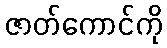
ဇာတ်ကောင်ကို